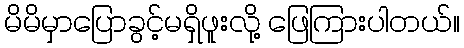
မိမိမှာပြောခွင့်မရှိဖူးလို့ ဖြေကြားပါတယ်။